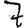
Digit: 7